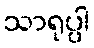
သာရုပ္ပါ